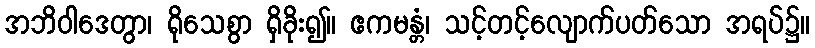
အဘိဝါဒေတွာ၊ ရိုသေစွာ ရှိခိုး၍။ ဧကမန္တံ၊ သင့်တင့်လျောက်ပတ်သော အရပ်၌။